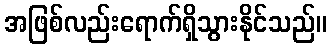
အဖြစ်လည်းရောက်ရှိသွားနိုင်သည်။